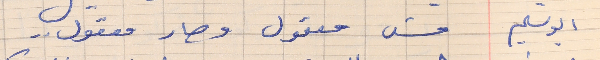
ابو سليم     مش معقول وصار معقول . .